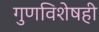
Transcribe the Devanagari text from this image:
गुणविशेषही